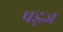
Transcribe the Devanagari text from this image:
षड़ज